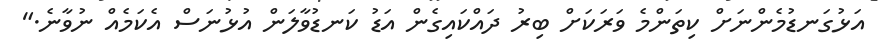
އަޅުގަނޑުމެންނަށް ކިތަންމެ ވަރަކަށް ބިރު ދައްކައިގެން އަޑު ކަނޑުވާލަން އުޅުނަސް އެކަމެއް ނުވާނެ."